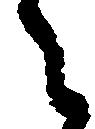
之